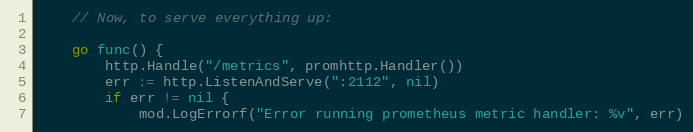
Language: Go
	// Now, to serve everything up:

	go func() {
		http.Handle("/metrics", promhttp.Handler())
		err := http.ListenAndServe(":2112", nil)
		if err != nil {
			mod.LogErrorf("Error running prometheus metric handler: %v", err)